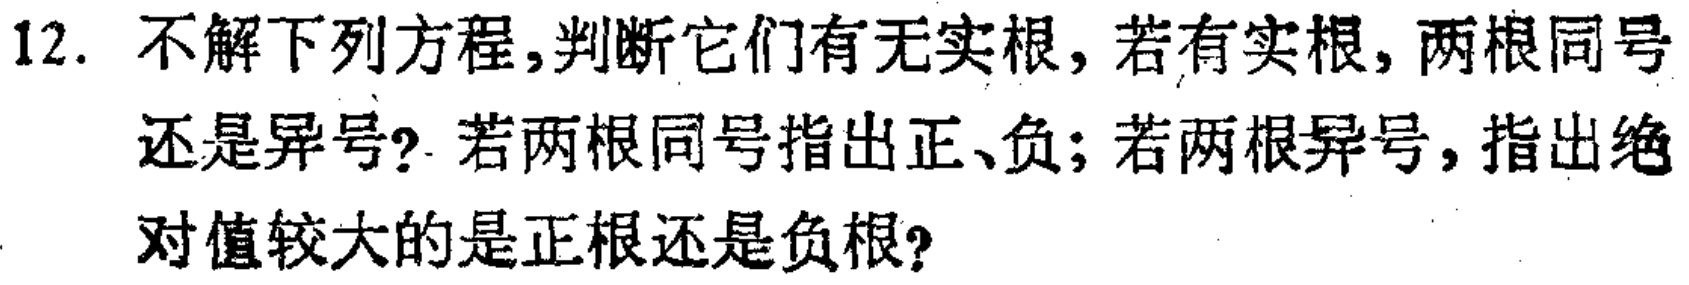
12. 不解下列方程,判断它们有无实根，若有实根，两根同号还是异号？若两根同号指出正、负；若两根异号，指出绝对值较大的是正根还是负根?